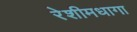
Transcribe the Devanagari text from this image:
रेशीमधागा